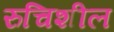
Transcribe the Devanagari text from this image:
रुचिशील